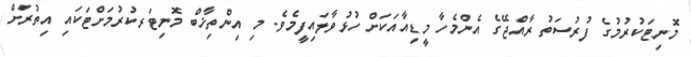
މޮނިޓަކުރުމުގެ ފުރުސަތު ރާއްޖޭގެ އެންމެހާ މީޑިއާއަކަށް ހުޅުވާލައިފީމެވެ. މި އިންތިޚާބް މޮނިޓަރކުރުމަށްޓަކައި އިތުރަށް